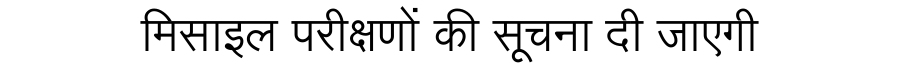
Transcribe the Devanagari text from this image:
मिसाइल परीक्षणों की सूचना दी जाएगी